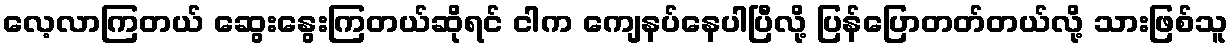
လေ့လာကြတယ် ဆွေးနွေးကြတယ်ဆိုရင် ငါက ကျေနပ်နေပါပြီလို့ ပြန်ပြောတတ်တယ်လို့ သားဖြစ်သူ